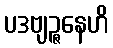
ပဒဗျဉ္ဇနေဟိ